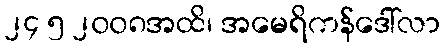
၂၄ ၅ ၂၀၀၈အထိ၊ အမေရိကန်ဒေါ်လာ